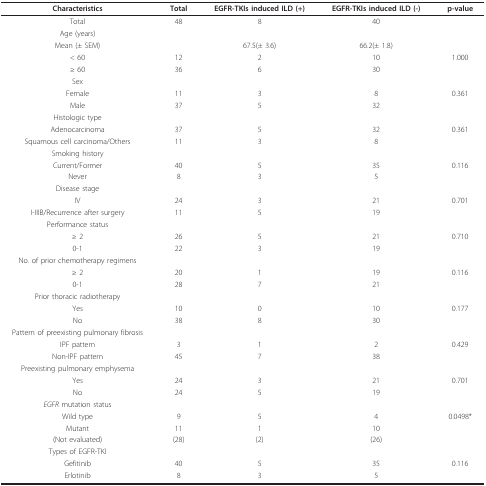
| Characteristics | Total | EGFR-TKIs induced ILD (+) | EGFR-TKIs induced ILD (-) | p-value |
 | --- | --- | --- | --- | --- |
 | Total | 48 | 8 | 40 |  |
 | Age (years) |  |  |  |  |
 | Mean (± SEM) |  | 67.5(± 3.6) | 66.2(± 1.8) |  |
 | < 60 | 12 | 2 | 10 | 1.000 |
 | ≥ 60 | 36 | 6 | 30 |  |
 | Sex |  |  |  |  |
 | Female | 11 | 3 | 8 | 0.361 |
 | Male | 37 | 5 | 32 |  |
 | Histologic type |  |  |  |  |
 | Adenocarcinoma | 37 | 5 | 32 | 0.361 |
 | Squamous cell carcinoma/Others | 11 | 3 | 8 |  |
 | Smoking history |  |  |  |  |
 | Current/Former | 40 | 5 | 35 | 0.116 |
 | Never | 8 | 3 | 5 |  |
 | Disease stage |  |  |  |  |
 | IV | 24 | 3 | 21 | 0.701 |
 | I-IIIB/Recurrence after surgery | 11 | 5 | 19 |  |
 | Performance status |  |  |  |  |
 | ≥ 2 | 26 | 5 | 21 | 0.710 |
 | 0-1 | 22 | 3 | 19 |  |
 | No. of prior chemotherapy regimens |  |  |  |  |
 | ≥ 2 | 20 | 1 | 19 | 0.116 |
 | 0-1 | 28 | 7 | 21 |  |
 | Prior thoracic radiotherapy |  |  |  |  |
 | Yes | 10 | 0 | 10 | 0.177 |
 | No | 38 | 8 | 30 |  |
 | Pattern of preexisting pulmonary fibrosis |  |  |  |  |
 | IPF pattern | 3 | 1 | 2 | 0.429 |
 | Non-IPF pattern | 45 | 7 | 38 |  |
 | Preexisting pulmonary emphysema |  |  |  |  |
 | Yes | 24 | 3 | 21 | 0.701 |
 | No | 24 | 5 | 19 |  |
 | EGFR mutation status |  |  |  |  |
 | Wild type | 9 | 5 | 4 | 0.0498* |
 | Mutant | 11 | 1 | 10 |  |
 | (Not evaluated) | (28) | (2) | (26) |  |
 | Types of EGFR-TKI |  |  |  |  |
 | Gefitinib | 40 | 5 | 35 | 0.116 |
 | Erlotinib | 8 | 3 | 5 |  |